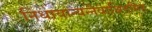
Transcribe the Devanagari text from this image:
निधायान्यन्नैवाश्रितमिह